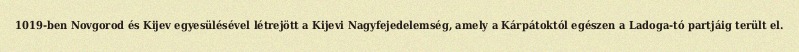
1019-ben Novgorod és Kijev egyesülésével létrejött a Kijevi Nagyfejedelemség, amely a Kárpátoktól egészen a Ladoga-tó partjáig terült el.